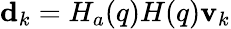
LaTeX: \mathbf{d}_{k}=H_{a}(q)H(q)\mathbf{v}_{k}